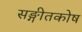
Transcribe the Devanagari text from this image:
सङ्गीतकोष